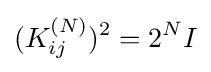
(K_{ij}^{(N)})^{2}=2^{N}I